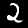
Digit: 2